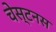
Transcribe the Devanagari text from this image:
चेस्टनस